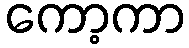
ကော့ကာ